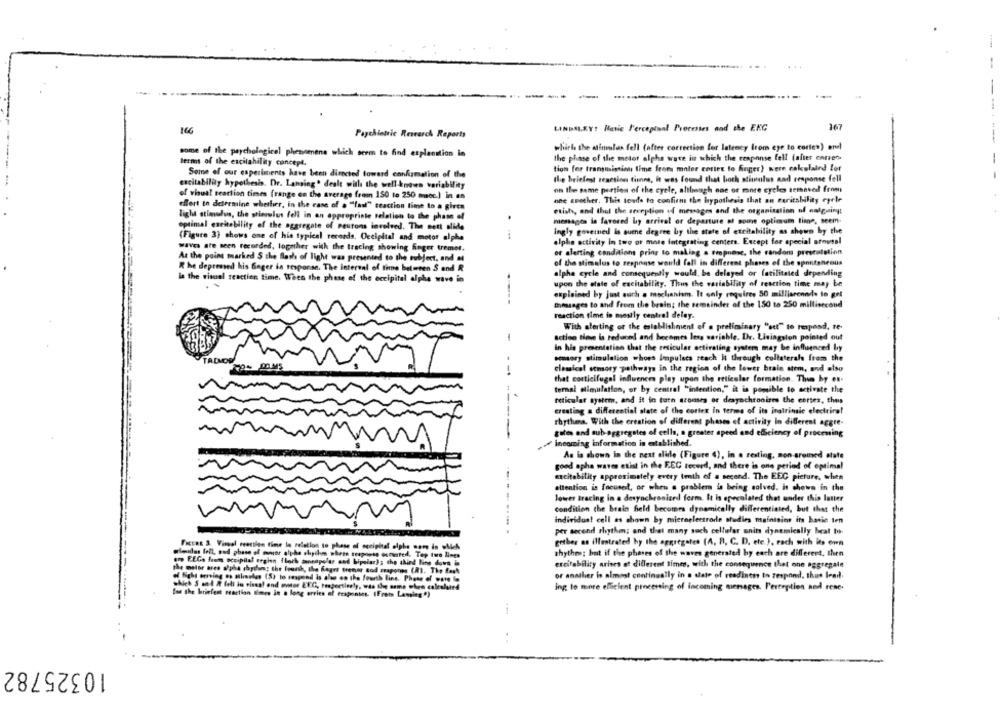
-
-
166
LINDA.RY! Hatic F'ercepinal Processes and the EKG
167
Paychiettic Research Reports
which the atinulas fell (after correction for latency (rom eye to cortes) ard
some of the psychological phenomena which seem to find explanation in
the phase of the motor alpha wave in which the cenponse fell (after corren-
-
terms of the excitahility concept.
tion for transmission time from maler cortex to finger) were eskulaind for
Some of our experiments have been directed toward confirmation of the
Ile beielent reaction tienne, it was found that boch stimulus and response fell
excitability hypothesis. Dr. Lansing" dealt with the well-known variability
of visual reaction times (range en the average feen 150 to 250 moc.) in en
on the same portion of the cycle, although one or more cycles temaved from
one another. This leads to confirm the hypothesis that an euritsbility eyele
effort to determine whether, in the case of . ""faut" seaction time to a giren
etish, and that the sexeption of messages and the organization of antquingt
light stimulus, the stimulus fell in an appropriate relation to the phase of
.
messages in favored by arrival or departure at some optimum time, seem-
optimal eseitebility of the aggregate of peutons involved. The ment alide
ingly governed is auene degree by the state of eteitability as shown by the
(Figure 3) shows one of his typical records. Occipital and motor alpha
alpha activity In two or more integrating centers. Except for special arousal
waves ate seen recorded, logmher with the tracing showing finger tremet.
or alerting conditions pring to making a tropnese, the random presentation
At the point marked S the flash of light was presented to the subject, and at
of the stimulus to response would fall in different phases of the spontaneous
R he depressed his Gager in response. The interval of time between S and R
alphe cycle and consequently would, be delayed or fatilitated depending
la the visual reaction time. When the phase of the occipital alpha wave in
upon the state of excitability. Thus the variability of reaction time may be
explained by just such a mechanism. It only requires 50 milliarennde to get
Bhiusages to and from the brain; the remainder of the 150 to 250 millisecond
reaction time in mostly central delay.
With alerting or the establishment of a preliminary "set" to respond, te-
-
activo time is reduced and becomes less variable. De. Livingston pointed out
In his presentation that the ersicular activating system may be influenced by
semsory stimulation -hoes Impulscs reach it through collateral from the
TALMOS
elemical stmmory pathways in the region of the lower brain stem, and also
--
that corticifugal influences play upon the reticular formation. Then by en.
termal elimulation, or by central "intention," it is pomible to activate the
reticular system, and it in turn aronses or desynchronizes the cortex, thus
creating a differential state of the cortex in terms of its inatrinsic electrira!
rhythens. With the creation of different phases of activity in different aggre-
gates and sub-aggregates of cells, a greater speed and efficiency of proceming
incoming information is established.
As lo chown in the next alide (Figure 4), in . resting, mon aromed atate
good opha waves etist in the EEG tecwed, and there is one period of optimal
excitability approximately every toth of a second. The EEC picture, when
attention is focused, or when a problem is being solved. is shown in the
lower tracing in a desynchronized form. It is speculated thet under this latter
condition the brain held becomes dynamically differentiated, but that the
individua! cell es chown by microelectrode studies maintains its batic ten
per second rhythm; and that many such cellular units dynamically beat to-
FICERE S. Viral reacties time le relation to phase of occipital alpha som
getber an illustrated hy the aggregates (A, B, C. D. etc. ), rach with its own
rhythms; but if the phases of the waves generated by each are different, then
are FEGa frems occipital seglen floch sannapolar and bipolar); the third line
the melor ares alpha chytfans; the foursh, the Roger trener cod capones (M).
ercitability arises at different times, with the consequence that one aggregate
or another is almost continually in a date of readiness to respond. thus lead.
o Ich orring os simples (S) to respond is also on the fourth lins. Phone c
ing to more efficient processing of incoming menages. Perception and rene.
for the briefest reaction Boro in a long erries of frapontes. [Frets Lassing !)
10325782